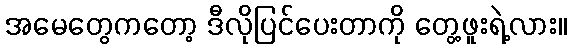
အမေတွေကတော့ ဒီလိုပြင်ပေးတာကို တွေ့ဖူးရဲ့လား။